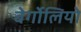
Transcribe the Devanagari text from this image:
बेर्गोलियो